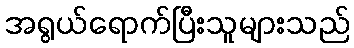
အရွယ်ရောက်ပြီးသူများသည်